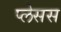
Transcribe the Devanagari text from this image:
प्लेसस